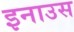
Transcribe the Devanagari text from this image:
इनाउस